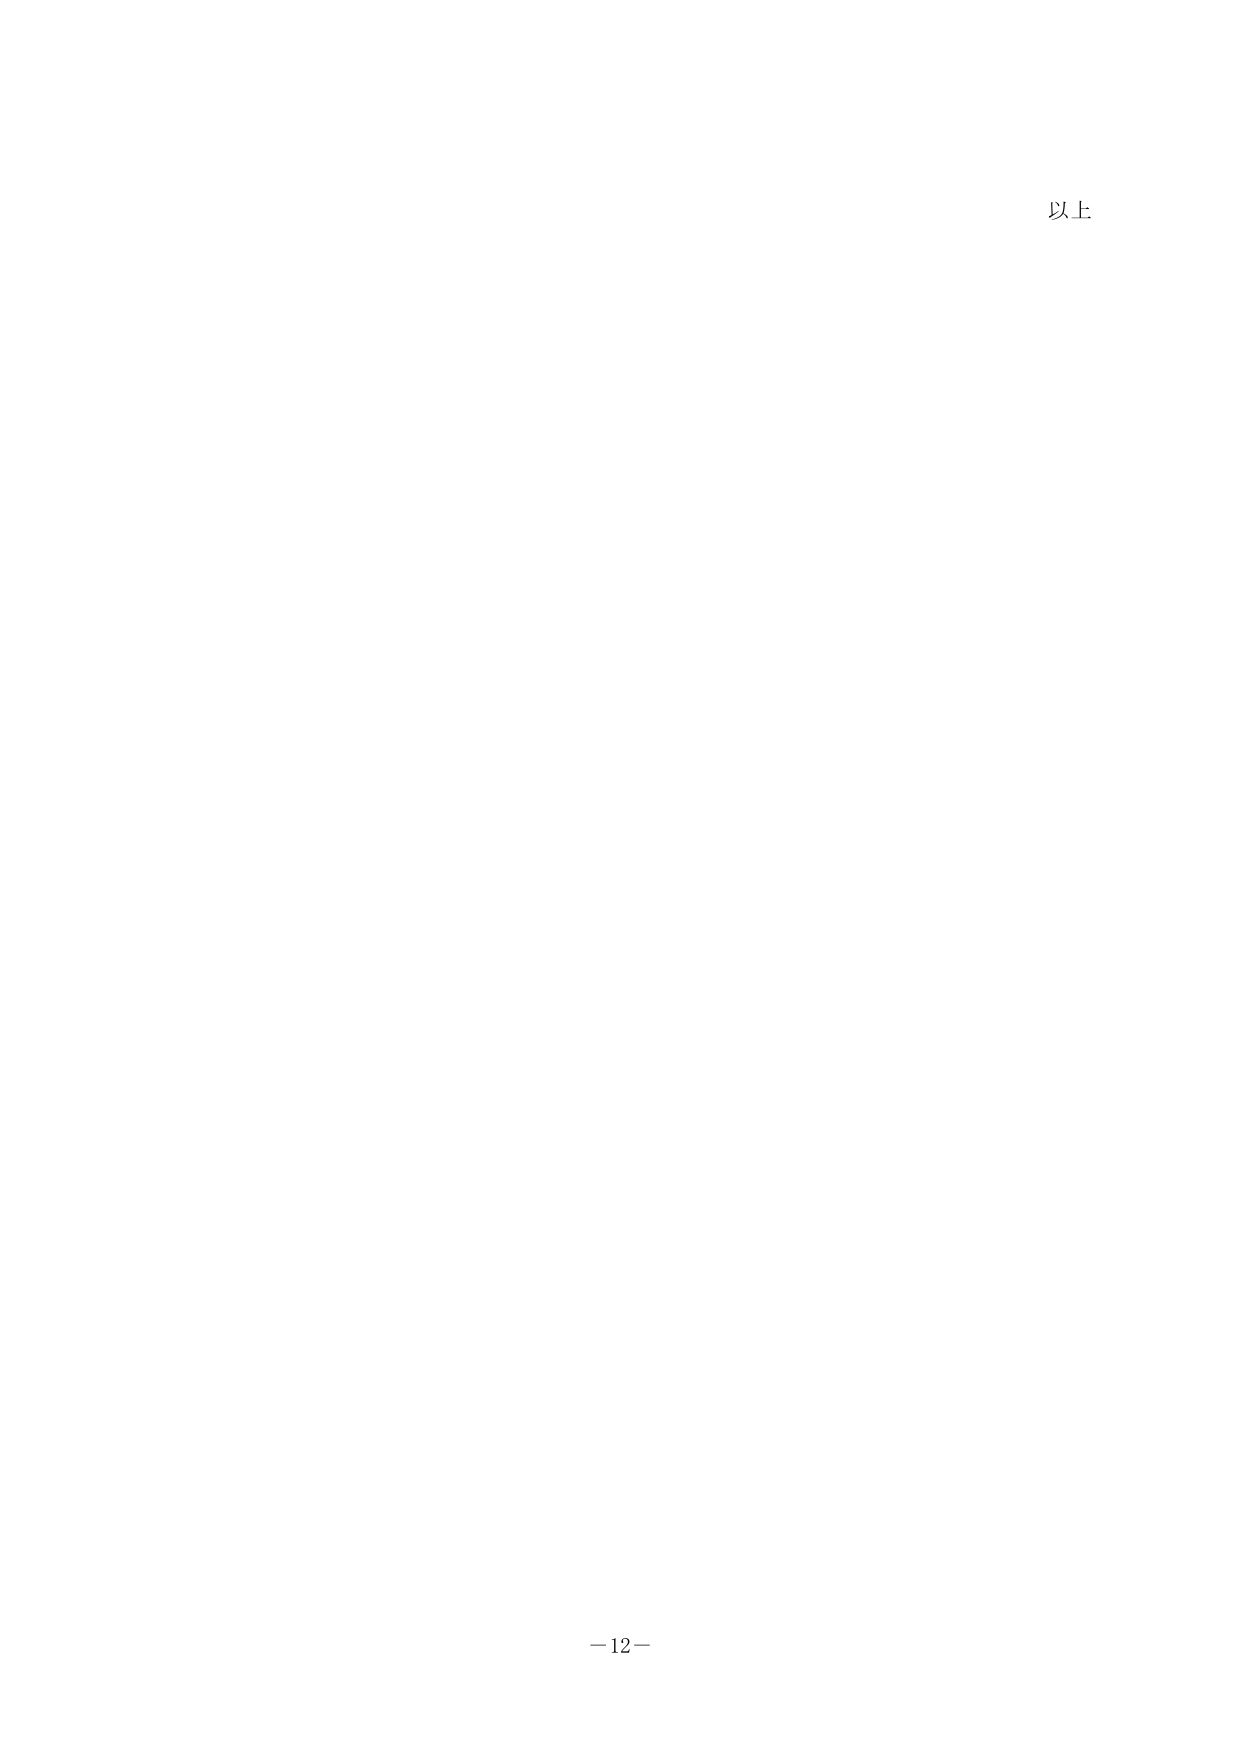
以上

－12－